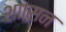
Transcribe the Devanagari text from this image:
शाासन